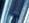
أنا